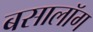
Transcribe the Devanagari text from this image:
बसालॉग